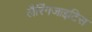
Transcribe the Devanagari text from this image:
लैरिंगजाइटिस